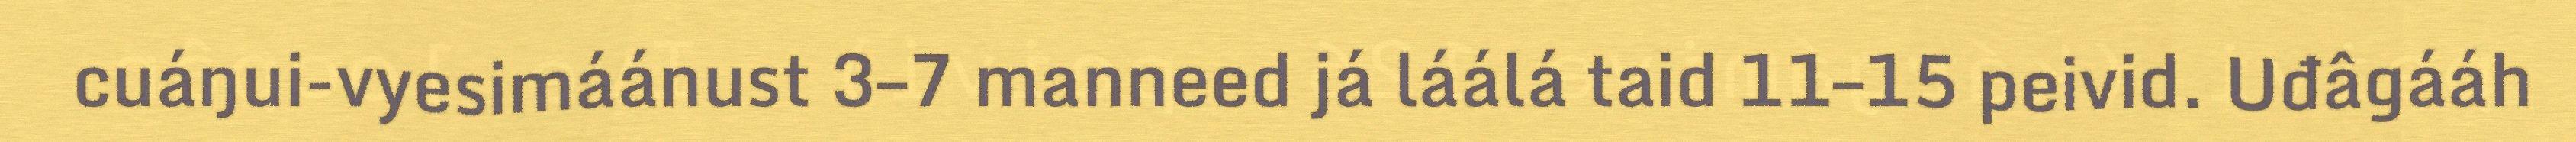
cuáŋui-vyesimáánust 3–7 manneed já láálá taid 11–15 peivid. Uđâgááh